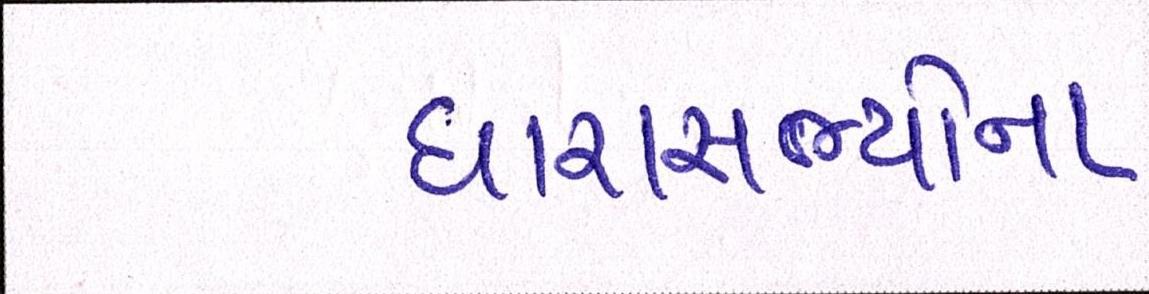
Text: ધારાસભ્યોના